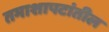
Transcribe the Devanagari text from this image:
तमाशापटांतील